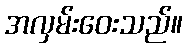
အလှမ်းဝေးသည်။